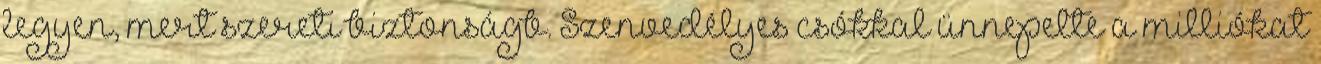
legyen, mert szereti biztonságb. Szenvedélyes csókkal ünnepelte a milliókat